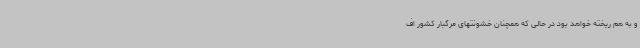
و به هم ریخته خواهد بود در حالی که همچنان خشونتهای مرگبار کشور اف